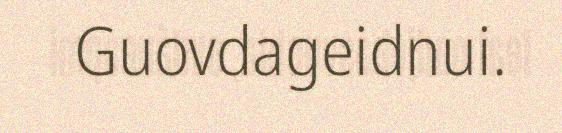
Guovdageidnui.